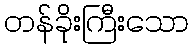
တန်ခိုးကြီးသော